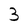
Character: 3